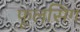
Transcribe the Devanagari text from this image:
फूलसिंग